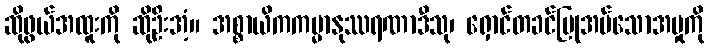
ဆိုဖွယ်အထူးကို ဆိုဦးအံ့။ အစ္စာယိကကမ္မာနုဿရဏာဒီသု၊ ရှောင်တခင်ပြုအပ်သောအမှုကို